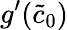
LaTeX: g^{\prime}(\tilde{c}_{0})